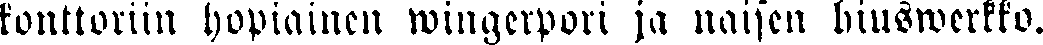
konttoriin hopiainen wingerpori ja naisen hiuswerkko.